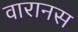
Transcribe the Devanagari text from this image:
वारानस